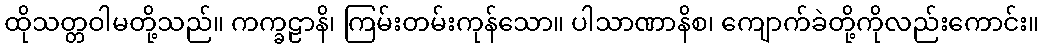
ထိုသတ္တဝါမတို့သည်။ ကက္ခဠာနိ၊ ကြမ်းတမ်းကုန်သော။ ပါသာဏာနိစ၊ ကျောက်ခဲတို့ကိုလည်းကောင်း။